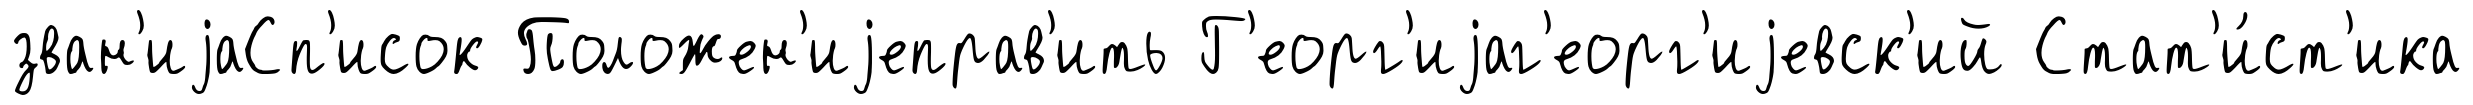
зван'иjаСп'исок Положен'иjеправ'ить Г'еорг'иjаг'еорг'иjевск'ий Стат'и́ст'ика